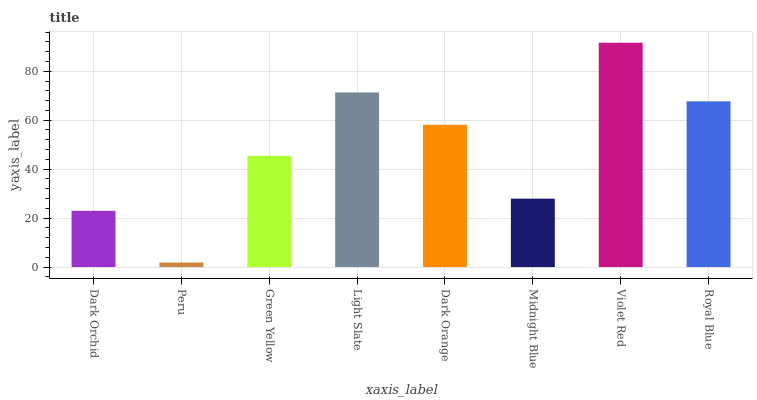
| xaxis_label | bars |
 | --- | --- |
 | Dark Orchid | 23 |
 | Peru | 1.85 |
 | Green Yellow | 45.4 |
 | Light Slate | 71.3 |
 | Dark Orange | 58.1 |
 | Midnight Blue | 27.9 |
 | Violet Red | 91.7 |
 | Royal Blue | 67.7 |